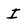
Character: I